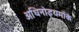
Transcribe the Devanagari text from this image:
अधिनोइयमोंके